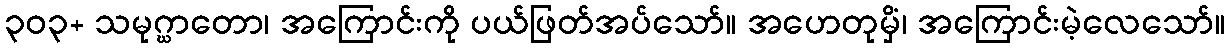
၃၀၃+ သမုဂ္ဃာတော၊ အကြောင်းကို ပယ်ဖြတ်အပ်သော်။ အဟေတုမှိံ၊ အကြောင်းမဲ့လေသော်။